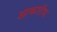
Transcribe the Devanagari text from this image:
आकारीय